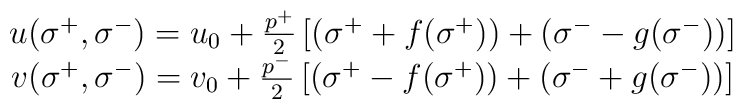
\begin{array}{c}u(\sigma ^{+},\sigma ^{-})=u_0+\frac{p^{+}}2\left[ (\sigma ^{+}+f(\sigma ^{+}))+(\sigma ^{-}-g(\sigma^{-}))\right] \\ v(\sigma ^{+},\sigma ^{-})=v_0+\frac{p^{-}}2\left[ (\sigma^{+}-f(\sigma ^{+}))+(\sigma ^{-}+g(\sigma ^{-}))\right]\end{array}